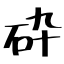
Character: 砕